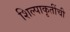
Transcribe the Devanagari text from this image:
शिल्पाकृतींची